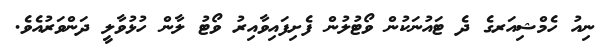
ނިއު ހެމްޝިއަރގެ ދެ ޓައުނަކުން ވޯޓުލުން ފެށިފައިވާއިރު ވޯޓު ލާން ހުޅުވާލީ ދަންވަރުއެވެ.